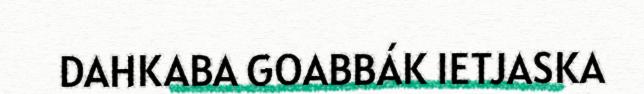
DAHKABA GOABBÁK IETJASKA